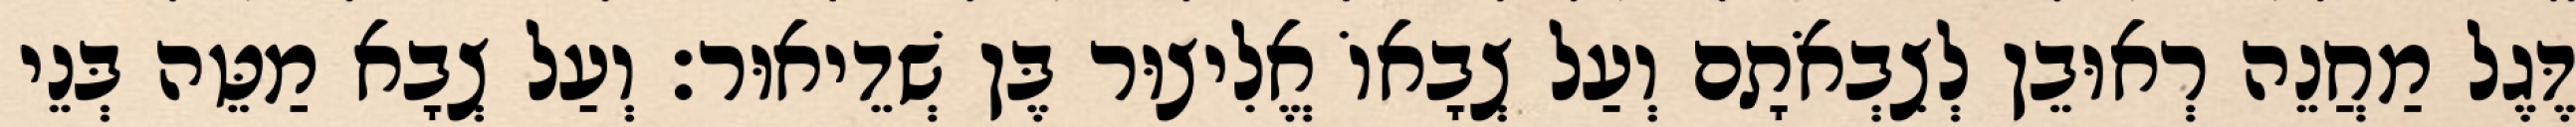
דֶּגֶל מַחֲנֵה רְאוּבֵן לְצִבְאֹתָם וְעַל צְבָאוֹ אֱלִיצוּר בֶּן שְׁדֵיאוּר׃ וְעַל צְבָא מַטֵּה בְּנֵי